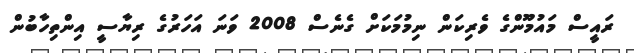
ރައީސް މައުމޫންގެ ވެރިކަން ނިމުމަކަށް ގެނެސް 2008 ވަނަ އަހަރުގެ ރިޔާސީ އިންތިހާބުން